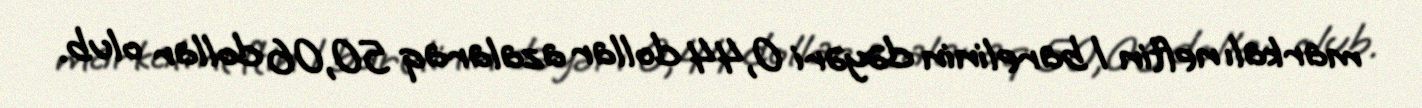
markalı neftin 1 barelinin dəyəri 0,44 dollar azalaraq 50,06 dollar olub.